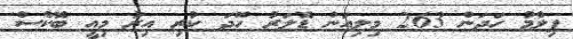
ފިލްމު ހަދަން 263 މިލިއަން ޑޮލަރު ހޭދަ ކުރި އިރު މިއީ ބޮކްސް